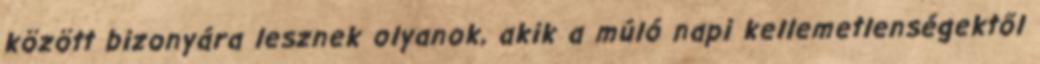
között bizonyára lesznek olyanok, akik a múló napi kellemetlenségektől